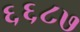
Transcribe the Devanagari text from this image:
६६८७